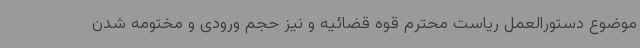
موضوع دستورالعمل ریاست محترم قوه قضائیه و نیز حجم ورودی و مختومه شدن